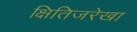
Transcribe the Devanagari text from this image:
क्षितिजरेखा